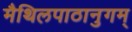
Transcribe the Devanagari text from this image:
मैथिलपाठानुगम्